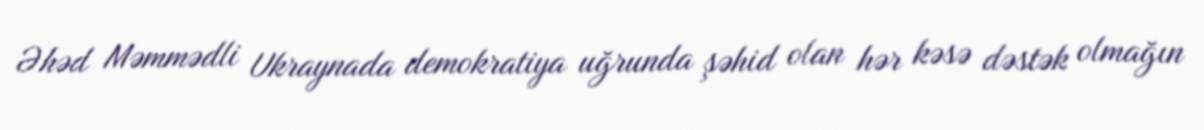
Əhəd Məmmədli Ukraynada demokratiya uğrunda şəhid olan hər kəsə dəstək olmağın